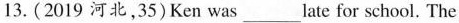
13. (2019 河北，35)Ken was ___ late for school. The